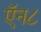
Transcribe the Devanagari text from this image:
ऍन८